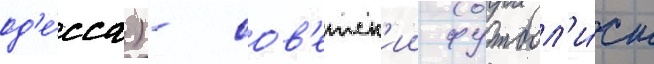
од'е́сса) - сов'етск'ии футбол'и́ст